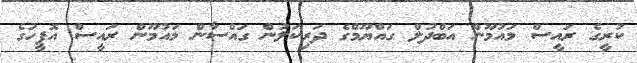
ކުރީގެ ރައީސް މައުމޫން އަބްދުލް ގައްޔޫމްގެ ދަރިކަލުން ގައްސާން މައުމޫން ރައީސް އޮފީހުގެ